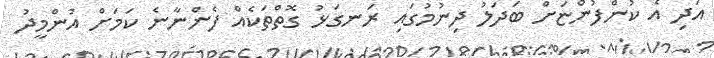
އަދި އެ ކުންފުންޏަށް ބަދަލު ދިނުމުގައި ރަނގަޅު ގޮތްތަކެއް ފެންނާނެ ކަމަށް އުންމީދު